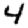
Digit: 4